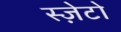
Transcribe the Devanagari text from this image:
स्ज़ेटो